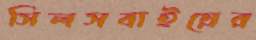
সিলসবাইয়ের